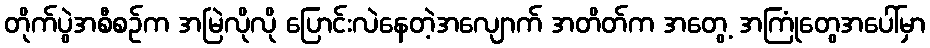
တိုက်ပွဲအစီစဉ်က အမြဲလိုလို ပြောင်းလဲနေတဲ့အလျောက် အတိတ်က အတွေ့ အကြုံတွေအပေါ်မှာ